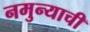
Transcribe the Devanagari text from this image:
नमुन्याची